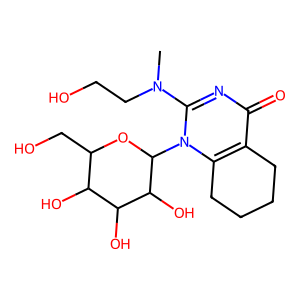
SMILES: CN(CCO)c1nc(=O)c2c(n1C1OC(CO)C(O)C(O)C1O)CCCC2
Inhibits HIV replication: No